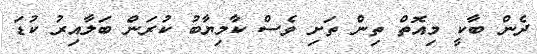
ދެން ބާކީ މިއޮތް ތިން ތަށި ވެސް ކާމިޔާބު ކުރަން ބަލާއިރު ކުޑަ